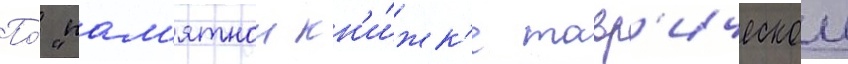
По́ "пам'ятнои кн'и́жк'е тавр'ическои